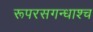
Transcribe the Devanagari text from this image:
रूपरसगन्धाश्च